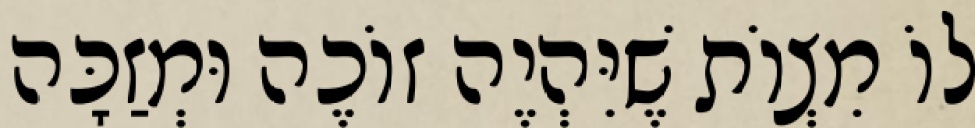
לוֹ מִצְוֹת שֶׁיִּהְיֶה זוֹכֶה וּמְזַכָּה